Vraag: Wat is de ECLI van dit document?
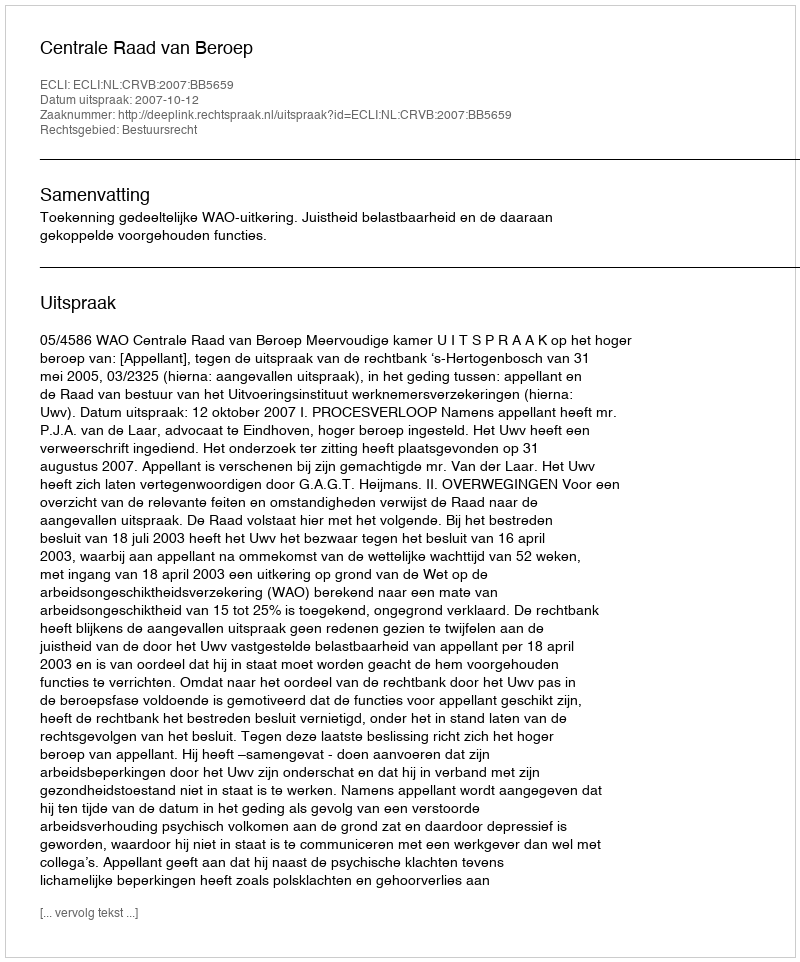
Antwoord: ECLI:NL:CRVB:2007:BB5659